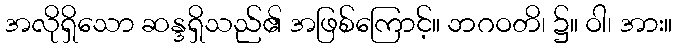
အလိုရှိသော ဆန္ဒရှိသည်၏ အဖြစ်ကြောင့်။ ဘဂဝတိ၊ ၌။ ဝါ၊ အား။